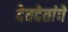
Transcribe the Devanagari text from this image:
देवदेतांचे